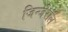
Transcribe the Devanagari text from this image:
जिन्जेरॉल